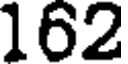
162